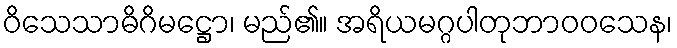
ဝိသေသာဓိဂိမဋ္ဌော၊ မည်၏။ အရိယမဂ္ဂပါတုဘာဝဝသေန၊